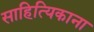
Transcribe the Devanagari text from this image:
साहित्यिकाना